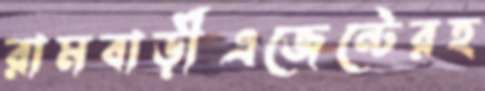
রামবাড়ীএজেন্টেরহ